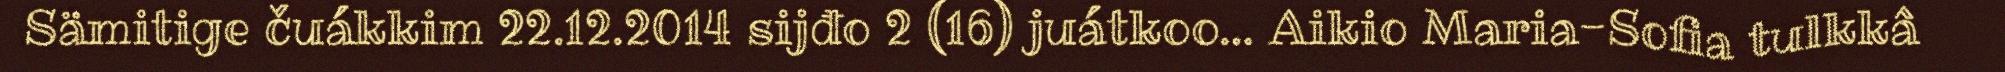
Sämitige čuákkim 22.12.2014 sijđo 2 (16) juátkoo… Aikio Maria-Sofia tulkkâ